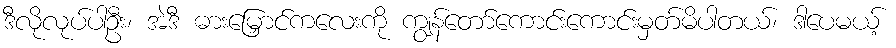
ဒီလိုလုပ်ပါဦး၊ အဲဒီ ဓားမြှောင်ကလေးကို ကျွန်တော်ကောင်းကောင်းမှတ်မိပါတယ်၊ ဒါပေမယ့်